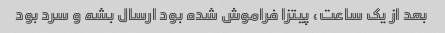
بعد از یک ساعت، پیتزا فراموش شده بود ارسال بشه و سرد بود